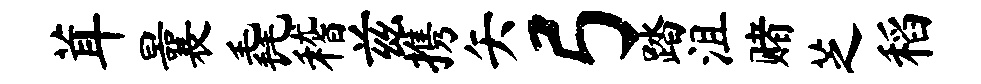
茸曩毳稽兹携矢弓踏沮赌芝稻